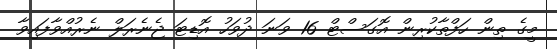
މީގެ ތިން ހަފްތާކުރިން އޮގަސްޓް 16 ވަނަ ދުވަހު އޮޑިޓަ ޖެނެރަލް ނެރުއްވާފައިވާ